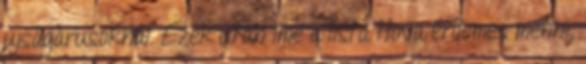
újságárusoknál. Ezek után íme a lista Hova érdemes menni,